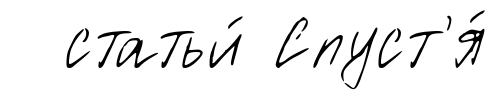
статьи́ Спуст'я́